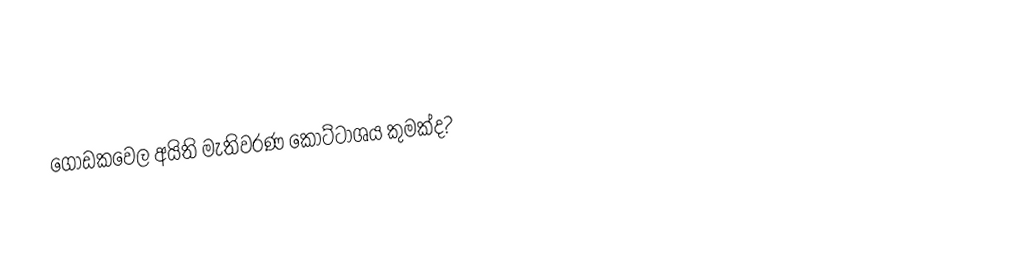
ගොඩකවෙල අයිති මැතිවරණ කොට්ටාශය කුමක්ද?